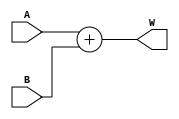
module Addernbit#(parameter n=8)(input[15+$clog2(n):0] A,input[15+$clog2(n):0] B, output[15+$clog2(n):0] W);
  assign W=A+B;
endmodule